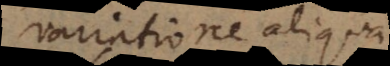
variatione al